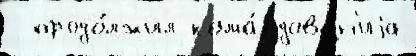
  продо́лжил кома́ндован'иjа